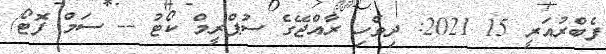
ފެބްރުއަރީ 15 2021: ދިވެހި ރާއްޖޭގެ ސުޕްރީމް ކޯޓު -- ސަމް ފޮޓޯ/